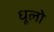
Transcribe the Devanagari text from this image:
धूलो